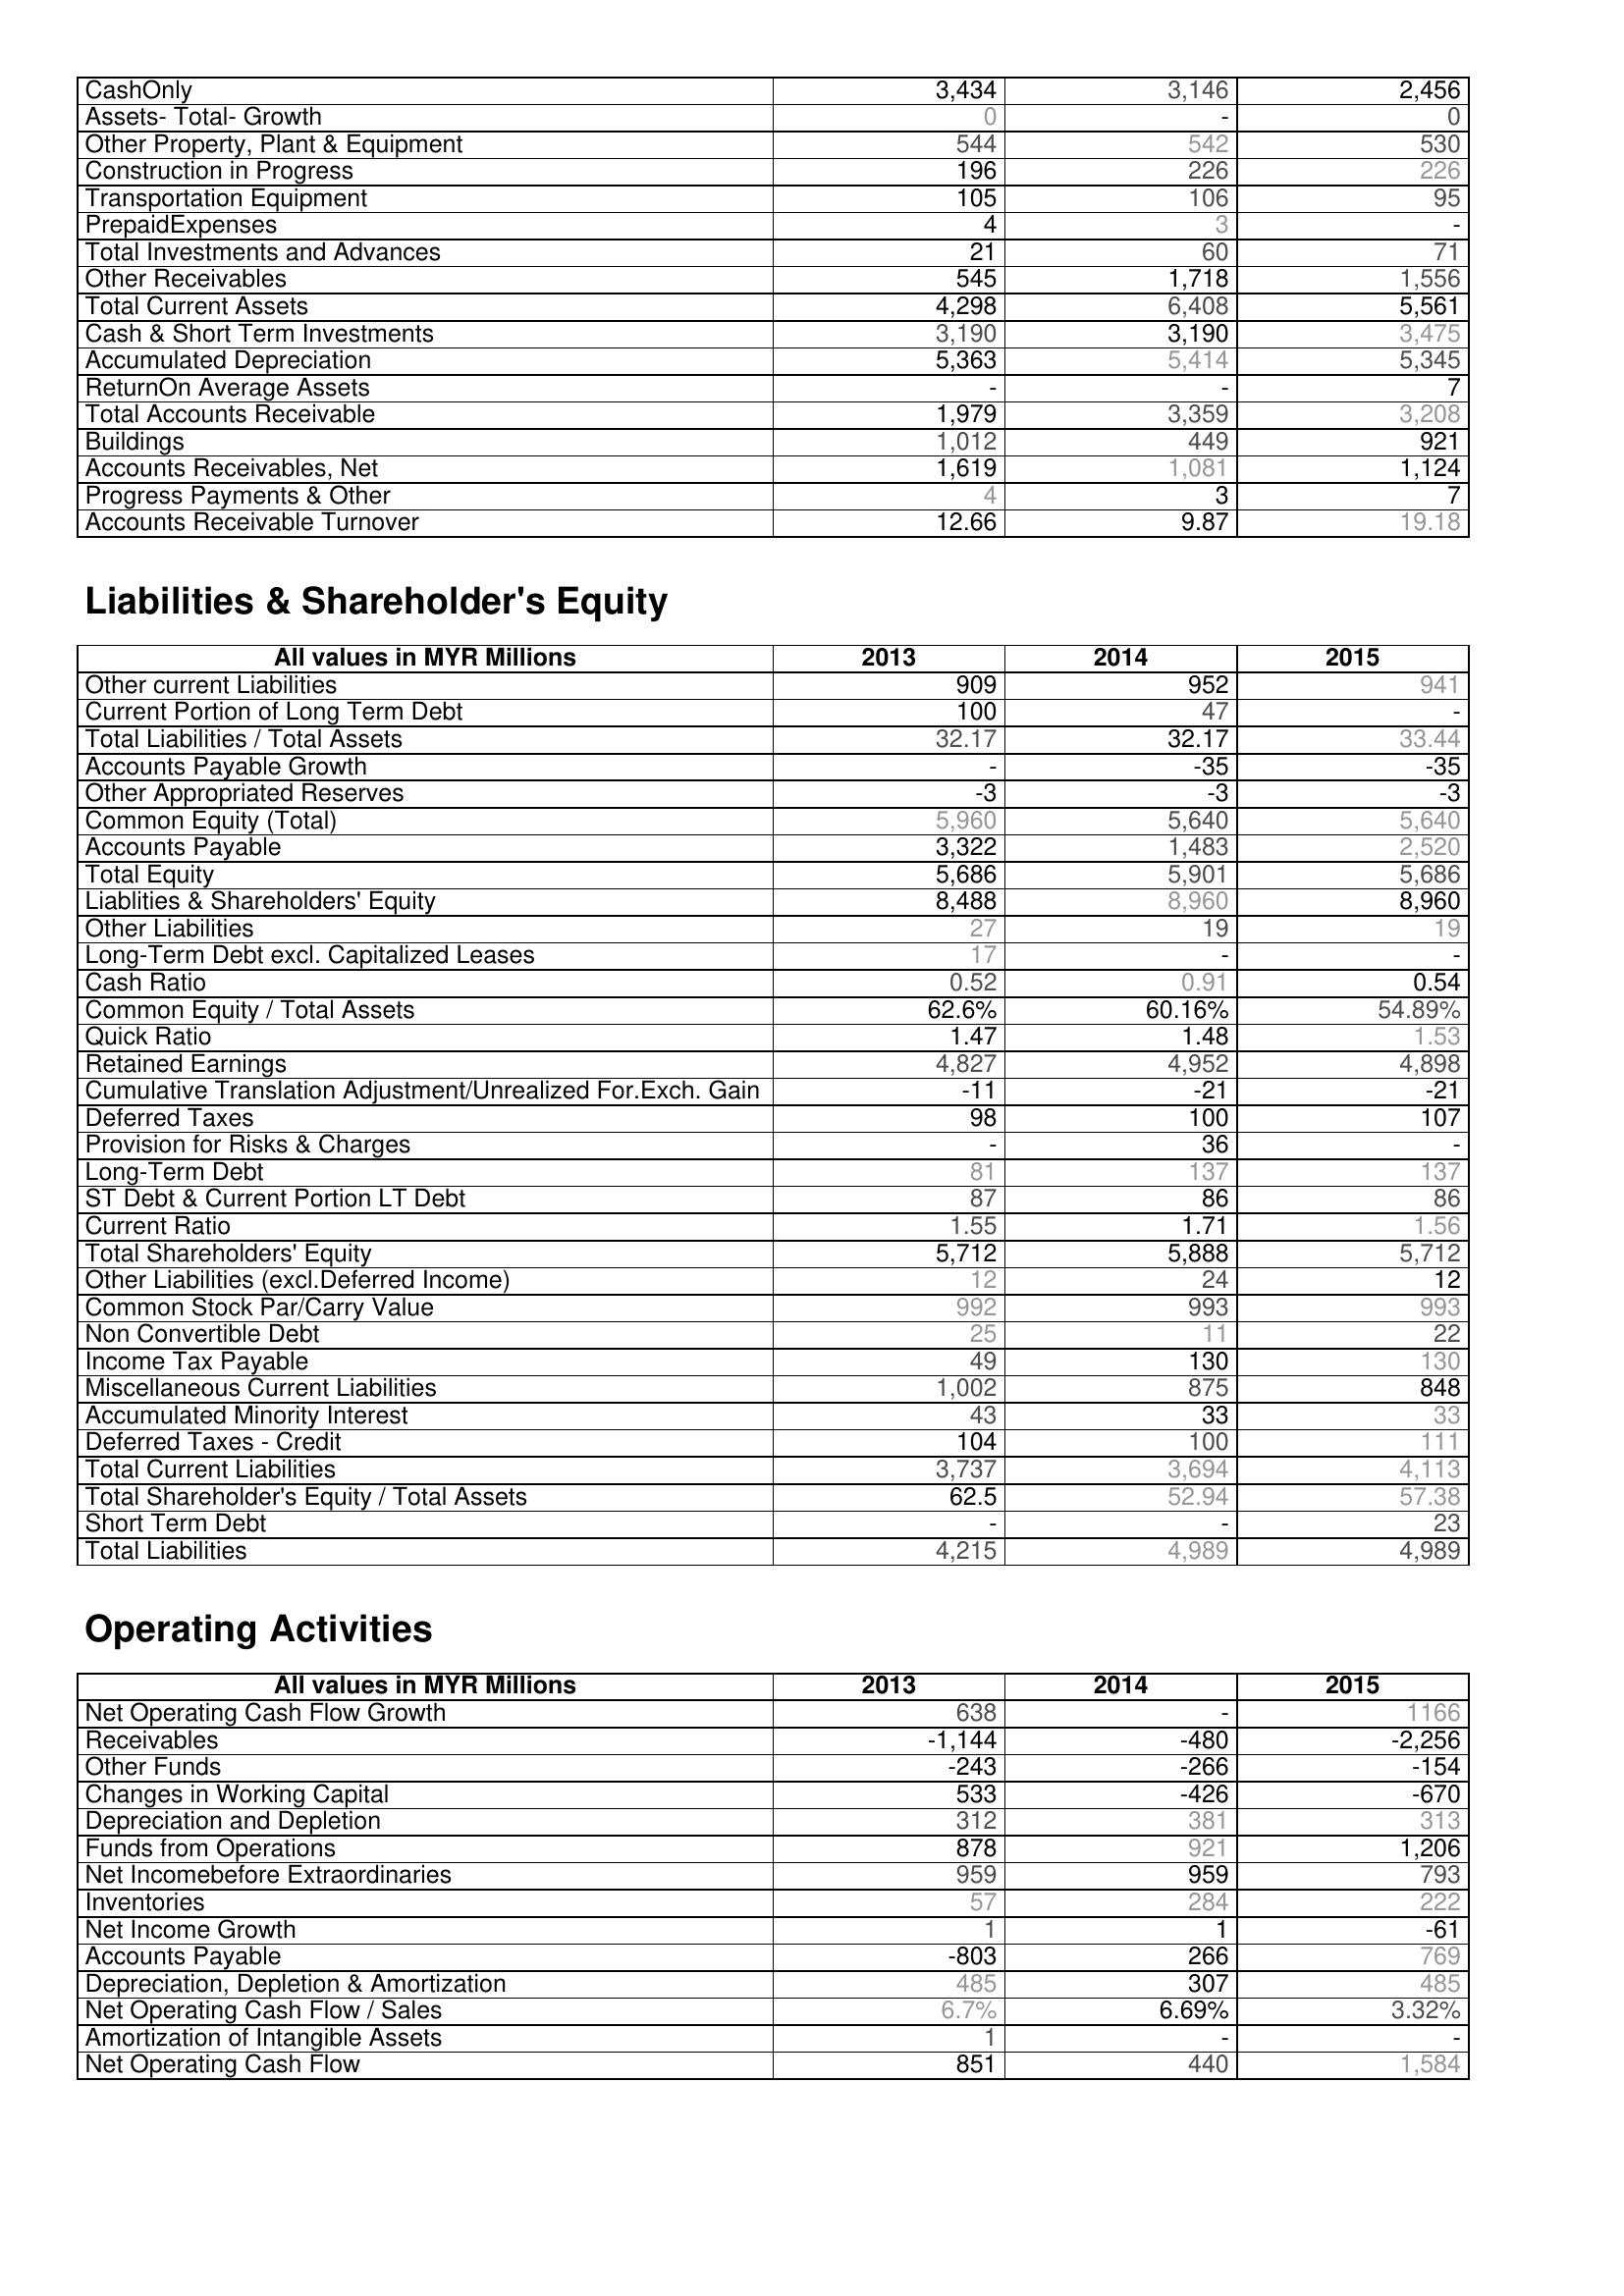
2013: Assets: CashOnly: 3,434
Assets- Total- Growth: 0
Other Property, Plant & Equipment: 544
Construction in Progress: 196
Transportation Equipment: 105
PrepaidExpenses: 4
Total Investments and Advances: 21
Other Receivables: 545
Total Current Assets: 4,298
Cash & Short Term Investments: 3,190
Accumulated Depreciation: 5,363
ReturnOn Average Assets: -
Total Accounts Receivable: 1,979
Buildings: 1,012
Accounts Receivables, Net: 1,619
Progress Payments & Other: 4
Accounts Receivable Turnover: 12.66
Liabilities & Shareholder's Equity: Other current Liabilities: 909
Current Portion of Long Term Debt: 100
Total Liabilities / Total Assets: 32.17
Accounts Payable Growth: -
Other Appropriated Reserves: -3
Common Equity (Total): 5,960
Accounts Payable: 3,322
Total Equity: 5,686
Liablities & Shareholders' Equity: 8,488
Other Liabilities: 27
Long-Term Debt excl. Capitalized Leases: 17
Cash Ratio: 0.52
Common Equity / Total Assets: 62.6%
Quick Ratio: 1.47
Retained Earnings: 4,827
Cumulative Translation Adjustment/Unrealized For.Exch. Gain: -11
Deferred Taxes: 98
Provision for Risks & Charges: -
Long-Term Debt: 81
ST Debt & Current Portion LT Debt: 87
Current Ratio: 1.55
Total Shareholders' Equity: 5,712
Other Liabilities (excl.Deferred Income): 12
Common Stock Par/Carry Value: 992
Non Convertible Debt: 25
Income Tax Payable: 49
Miscellaneous Current Liabilities: 1,002
Accumulated Minority Interest: 43
Deferred Taxes - Credit: 104
Total Current Liabilities: 3,737
Total Shareholder's Equity / Total Assets: 62.5
Short Term Debt: -
Total Liabilities: 4,215
Operating Activities: Net Operating Cash Flow Growth: 638
Receivables: -1,144
Other Funds: -243
Changes in Working Capital: 533
Depreciation and Depletion: 312
Funds from Operations: 878
Net Incomebefore Extraordinaries: 959
Inventories: 57
Net Income Growth: 1
Accounts Payable: -803
Depreciation, Depletion & Amortization: 485
Net Operating Cash Flow / Sales: 6.7%
Amortization of Intangible Assets: 1
Net Operating Cash Flow: 851
2014: Assets: CashOnly: 3,146
Assets- Total- Growth: -
Other Property, Plant & Equipment: 542
Construction in Progress: 226
Transportation Equipment: 106
PrepaidExpenses: 3
Total Investments and Advances: 60
Other Receivables: 1,718
Total Current Assets: 6,408
Cash & Short Term Investments: 3,190
Accumulated Depreciation: 5,414
ReturnOn Average Assets: -
Total Accounts Receivable: 3,359
Buildings: 449
Accounts Receivables, Net: 1,081
Progress Payments & Other: 3
Accounts Receivable Turnover: 9.87
Liabilities & Shareholder's Equity: Other current Liabilities: 952
Current Portion of Long Term Debt: 47
Total Liabilities / Total Assets: 32.17
Accounts Payable Growth: -35
Other Appropriated Reserves: -3
Common Equity (Total): 5,640
Accounts Payable: 1,483
Total Equity: 5,901
Liablities & Shareholders' Equity: 8,960
Other Liabilities: 19
Long-Term Debt excl. Capitalized Leases: -
Cash Ratio: 0.91
Common Equity / Total Assets: 60.16%
Quick Ratio: 1.48
Retained Earnings: 4,952
Cumulative Translation Adjustment/Unrealized For.Exch. Gain: -21
Deferred Taxes: 100
Provision for Risks & Charges: 36
Long-Term Debt: 137
ST Debt & Current Portion LT Debt: 86
Current Ratio: 1.71
Total Shareholders' Equity: 5,888
Other Liabilities (excl.Deferred Income): 24
Common Stock Par/Carry Value: 993
Non Convertible Debt: 11
Income Tax Payable: 130
Miscellaneous Current Liabilities: 875
Accumulated Minority Interest: 33
Deferred Taxes - Credit: 100
Total Current Liabilities: 3,694
Total Shareholder's Equity / Total Assets: 52.94
Short Term Debt: -
Total Liabilities: 4,989
Operating Activities: Net Operating Cash Flow Growth: -
Receivables: -480
Other Funds: -266
Changes in Working Capital: -426
Depreciation and Depletion: 381
Funds from Operations: 921
Net Incomebefore Extraordinaries: 959
Inventories: 284
Net Income Growth: 1
Accounts Payable: 266
Depreciation, Depletion & Amortization: 307
Net Operating Cash Flow / Sales: 6.69%
Amortization of Intangible Assets: -
Net Operating Cash Flow: 440
2015: Assets: CashOnly: 2,456
Assets- Total- Growth: 0
Other Property, Plant & Equipment: 530
Construction in Progress: 226
Transportation Equipment: 95
PrepaidExpenses: -
Total Investments and Advances: 71
Other Receivables: 1,556
Total Current Assets: 5,561
Cash & Short Term Investments: 3,475
Accumulated Depreciation: 5,345
ReturnOn Average Assets: 7
Total Accounts Receivable: 3,208
Buildings: 921
Accounts Receivables, Net: 1,124
Progress Payments & Other: 7
Accounts Receivable Turnover: 19.18
Liabilities & Shareholder's Equity: Other current Liabilities: 941
Current Portion of Long Term Debt: -
Total Liabilities / Total Assets: 33.44
Accounts Payable Growth: -35
Other Appropriated Reserves: -3
Common Equity (Total): 5,640
Accounts Payable: 2,520
Total Equity: 5,686
Liablities & Shareholders' Equity: 8,960
Other Liabilities: 19
Long-Term Debt excl. Capitalized Leases: -
Cash Ratio: 0.54
Common Equity / Total Assets: 54.89%
Quick Ratio: 1.53
Retained Earnings: 4,898
Cumulative Translation Adjustment/Unrealized For.Exch. Gain: -21
Deferred Taxes: 107
Provision for Risks & Charges: -
Long-Term Debt: 137
ST Debt & Current Portion LT Debt: 86
Current Ratio: 1.56
Total Shareholders' Equity: 5,712
Other Liabilities (excl.Deferred Income): 12
Common Stock Par/Carry Value: 993
Non Convertible Debt: 22
Income Tax Payable: 130
Miscellaneous Current Liabilities: 848
Accumulated Minority Interest: 33
Deferred Taxes - Credit: 111
Total Current Liabilities: 4,113
Total Shareholder's Equity / Total Assets: 57.38
Short Term Debt: 23
Total Liabilities: 4,989
Operating Activities: Net Operating Cash Flow Growth: 1166
Receivables: -2,256
Other Funds: -154
Changes in Working Capital: -670
Depreciation and Depletion: 313
Funds from Operations: 1,206
Net Incomebefore Extraordinaries: 793
Inventories: 222
Net Income Growth: -61
Accounts Payable: 769
Depreciation, Depletion & Amortization: 485
Net Operating Cash Flow / Sales: 3.32%
Amortization of Intangible Assets: -
Net Operating Cash Flow: 1,584